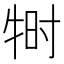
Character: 𬌠